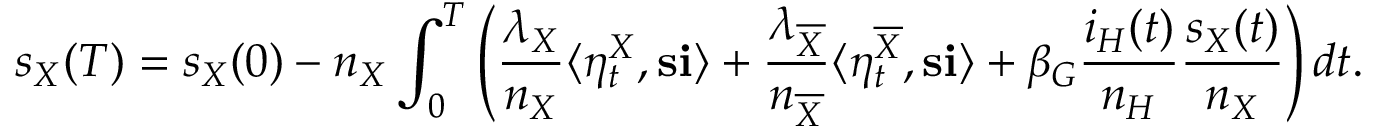
s _ { X } ( T ) = s _ { X } ( 0 ) - n _ { X } \int _ { 0 } ^ { T } \left( \frac { \lambda _ { X } } { n _ { X } } \langle \eta _ { t } ^ { X } , \mathbf { s } \mathbf { i } \rangle + \frac { \lambda _ { \overline { { X } } } } { n _ { \overline { { X } } } } \langle \eta _ { t } ^ { \overline { { X } } } , \mathbf { s } \mathbf { i } \rangle + \beta _ { G } \frac { i _ { H } ( t ) } { n _ { H } } \frac { s _ { X } ( t ) } { n _ { X } } \right) d t .